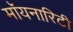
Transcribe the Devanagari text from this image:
मॉयनारिटी